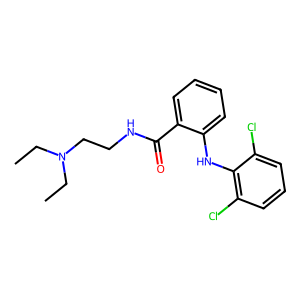
SMILES: CCN(CC)CCNC(=O)c1ccccc1Nc1c(Cl)cccc1Cl
Inhibits HIV replication: No